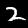
Label: 2